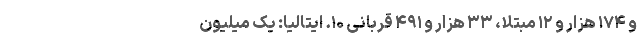
و ۱۷۴ هزار و ۱۲ مبتلا، ۳۳ هزار و ۴۹۱ قربانی ۱۰. ایتالیا: یک میلیون